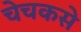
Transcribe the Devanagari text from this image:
चेचकसे